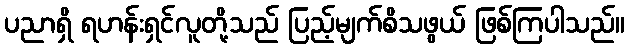
ပညာရှိ ရဟန်းရှင်လူတို့သည် ပြည့်မျက်စိသဖွယ် ဖြစ်ကြပါသည်။